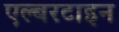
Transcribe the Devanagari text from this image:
एल्बरटाइन